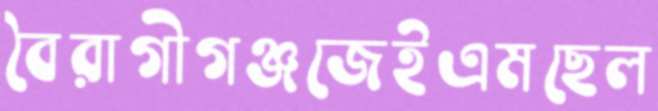
বৈরাগীগঞ্জজেইএমছেল